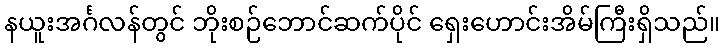
နယူးအင်္ဂလန်တွင် ဘိုးစဉ်ဘောင်ဆက်ပိုင် ရှေးဟောင်းအိမ်ကြီးရှိသည်။